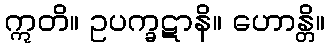
ဣတိ။ ဥပက္ခဋာနိ။ ဟောန္တိ။